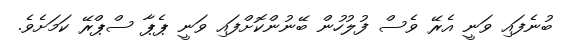
ބުނެފައި ވަނީ އެރޭ ވެސް ފުލުހުން ބޭނުންކޮށްފައި ވަނީ ޕެޕާ ސްޕްރޭ ކަމަށެވެ.